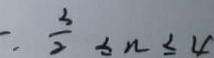
- \frac { 3 } { 2 } \leq n \leq 4